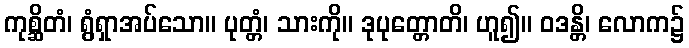
ကုစ္ဆိတံ၊ ရွံရှာအပ်သော။ ပုတ္တံ၊ သားကို။ ဒုပုတ္တောတိ၊ ဟူ၍။ ဝဒန္တိ၊ လောက၌